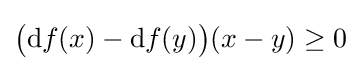
{\big (}\mathrm {d} f(x)-\mathrm {d} f(y){\big )}(x-y)\geq 0